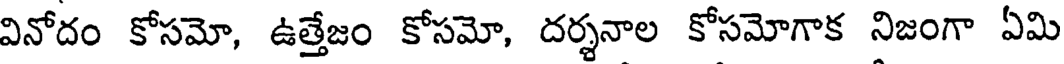
వినోదం కోసమో, ఉత్తేజం కోసమో, దర్శనాల కోసమోగాక నిజంగా ఏమి